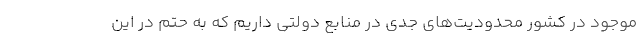
موجود در کشور محدودیت‌های جدی در منابع دولتی داریم که به حتم در این